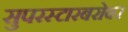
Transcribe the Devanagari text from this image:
सुपरस्टारबरोबर